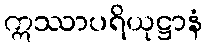
ဣဿာပရိယုဋ္ဌာနံ